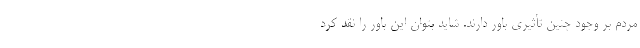
مردم بر وجود چنین تأثیری باور دارند. شاید بتوان این باور را نقد کرد